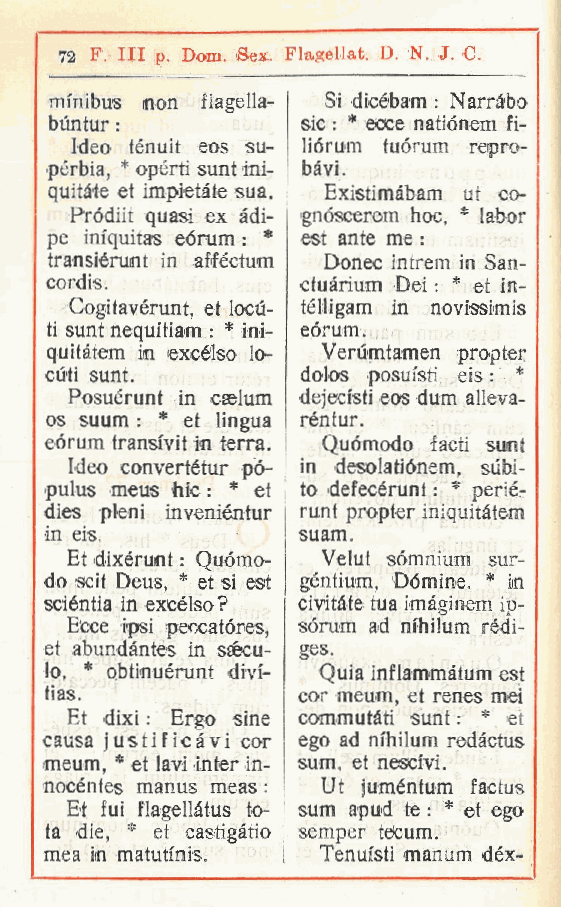
72 F. Ili p, Dom. Sex.. Flagellati. D. N. J. C.
 minibus non flagella- Si dicébam : Narrato
 buntur :         sic : * ecce natiónem fi-
 Ideo ténuit eos su- liórum tuórum repro-
 pèrbia, * opérti sunt ini- bavi.
 quitàie et impietàte sua. Existimàbam ut co-
 Pródiit quasi ex àdi- gnóscerem hoc, * labor
 pe im'quitas eorum : * est ante me :
 transiérunt in afféctum Donec intrem in San-
 cordis.          ctuàrium Dei : * et in-
 Cogitavérunt et locu- télligam in novfssimis
 ,
 ti sunt nequitiam : * ini- eórum.
 quitàtem in excélso lo- Verùmtamen propter
 cuti sunt.       dolos posuisti eis : *
 Posuérunt in caelum dejecisti eos dum alleva-
 os suum : * et lingua réntur.
 eorum transivit io terra. Quómodo facti sunt
 Ideo convertétur pó- in desolatiónem, sùbi-
 pulus meus hic : * et to defecérunt : * perié-
 dies pieni inveniéntur runt propter iniquitàtem
 in eis.          suam.
 Et dixérunt : Quomo- Velut sómnium sur-
 do scit Deus, * et si est géntium. Dòmine, * in
 sciéntia in excélso? civitàte tua imàginem ip-
 Ecce ipsi peccatóres, sórum ad nfhilum rédi-
 et abundàntes in ssecu- ges.
 lo, * obtinuérunt divi- Quia inf lammàtum est
 tias.            cor meum, et renes mei
 Et dixi : Ergo sine commutati sunt : * et
 causa j usti fica vi cor ego ad nfhilum redàctus
 meum, * et lavi Inter in- sum, et nescfvi.
 nocéntes manus meas : Ut juméntum factus
 Et fui flagellàtus to- sum apud te : * et ego
 ta die, * et castigàtio semper feCum.
 mea in matutmis.  Tenuisti manum déx-